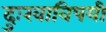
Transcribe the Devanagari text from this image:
दुःखाविषयी